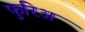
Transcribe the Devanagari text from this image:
फुरिअ